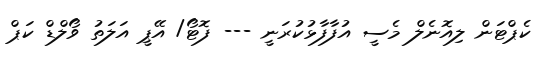
ކެޕްޓަން ލިއޮނެލް މެސީ އުފާފާޅުކުރަނީ --- ފޮޓޯ/ އޭޕީ އަލަތު ވޯލްޑް ކަޕް